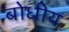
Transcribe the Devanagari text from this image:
बोधीय